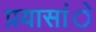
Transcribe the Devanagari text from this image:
प्रयासांे